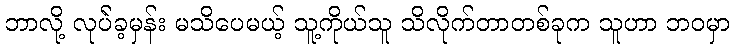
ဘာလို့ လုပ်ဲခ့မှန်း မသိပေမယ့် သူ့ကိုယ်သူ သိလိုက်တာတစ်ခုက သူဟာ ဘဝမှာ